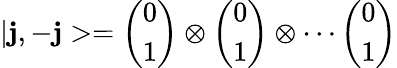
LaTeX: |\mathbf{j},-\mathbf{j}>=\left(\begin{array}{c}{{0}}\\ {{1}}\end{array}\right)\otimes\left(\begin{array}{c}{{0}}\\ {{1}}\end{array}\right)\otimes\cdots\left(\begin{array}{c}{{0}}\\ {{1}}\end{array}\right)